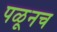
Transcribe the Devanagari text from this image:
पळूनच